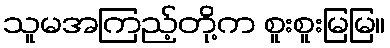
သူမအကြည့်တို့က စူးစူးမြမြ။